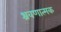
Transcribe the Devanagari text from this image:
श्रवणात्मक